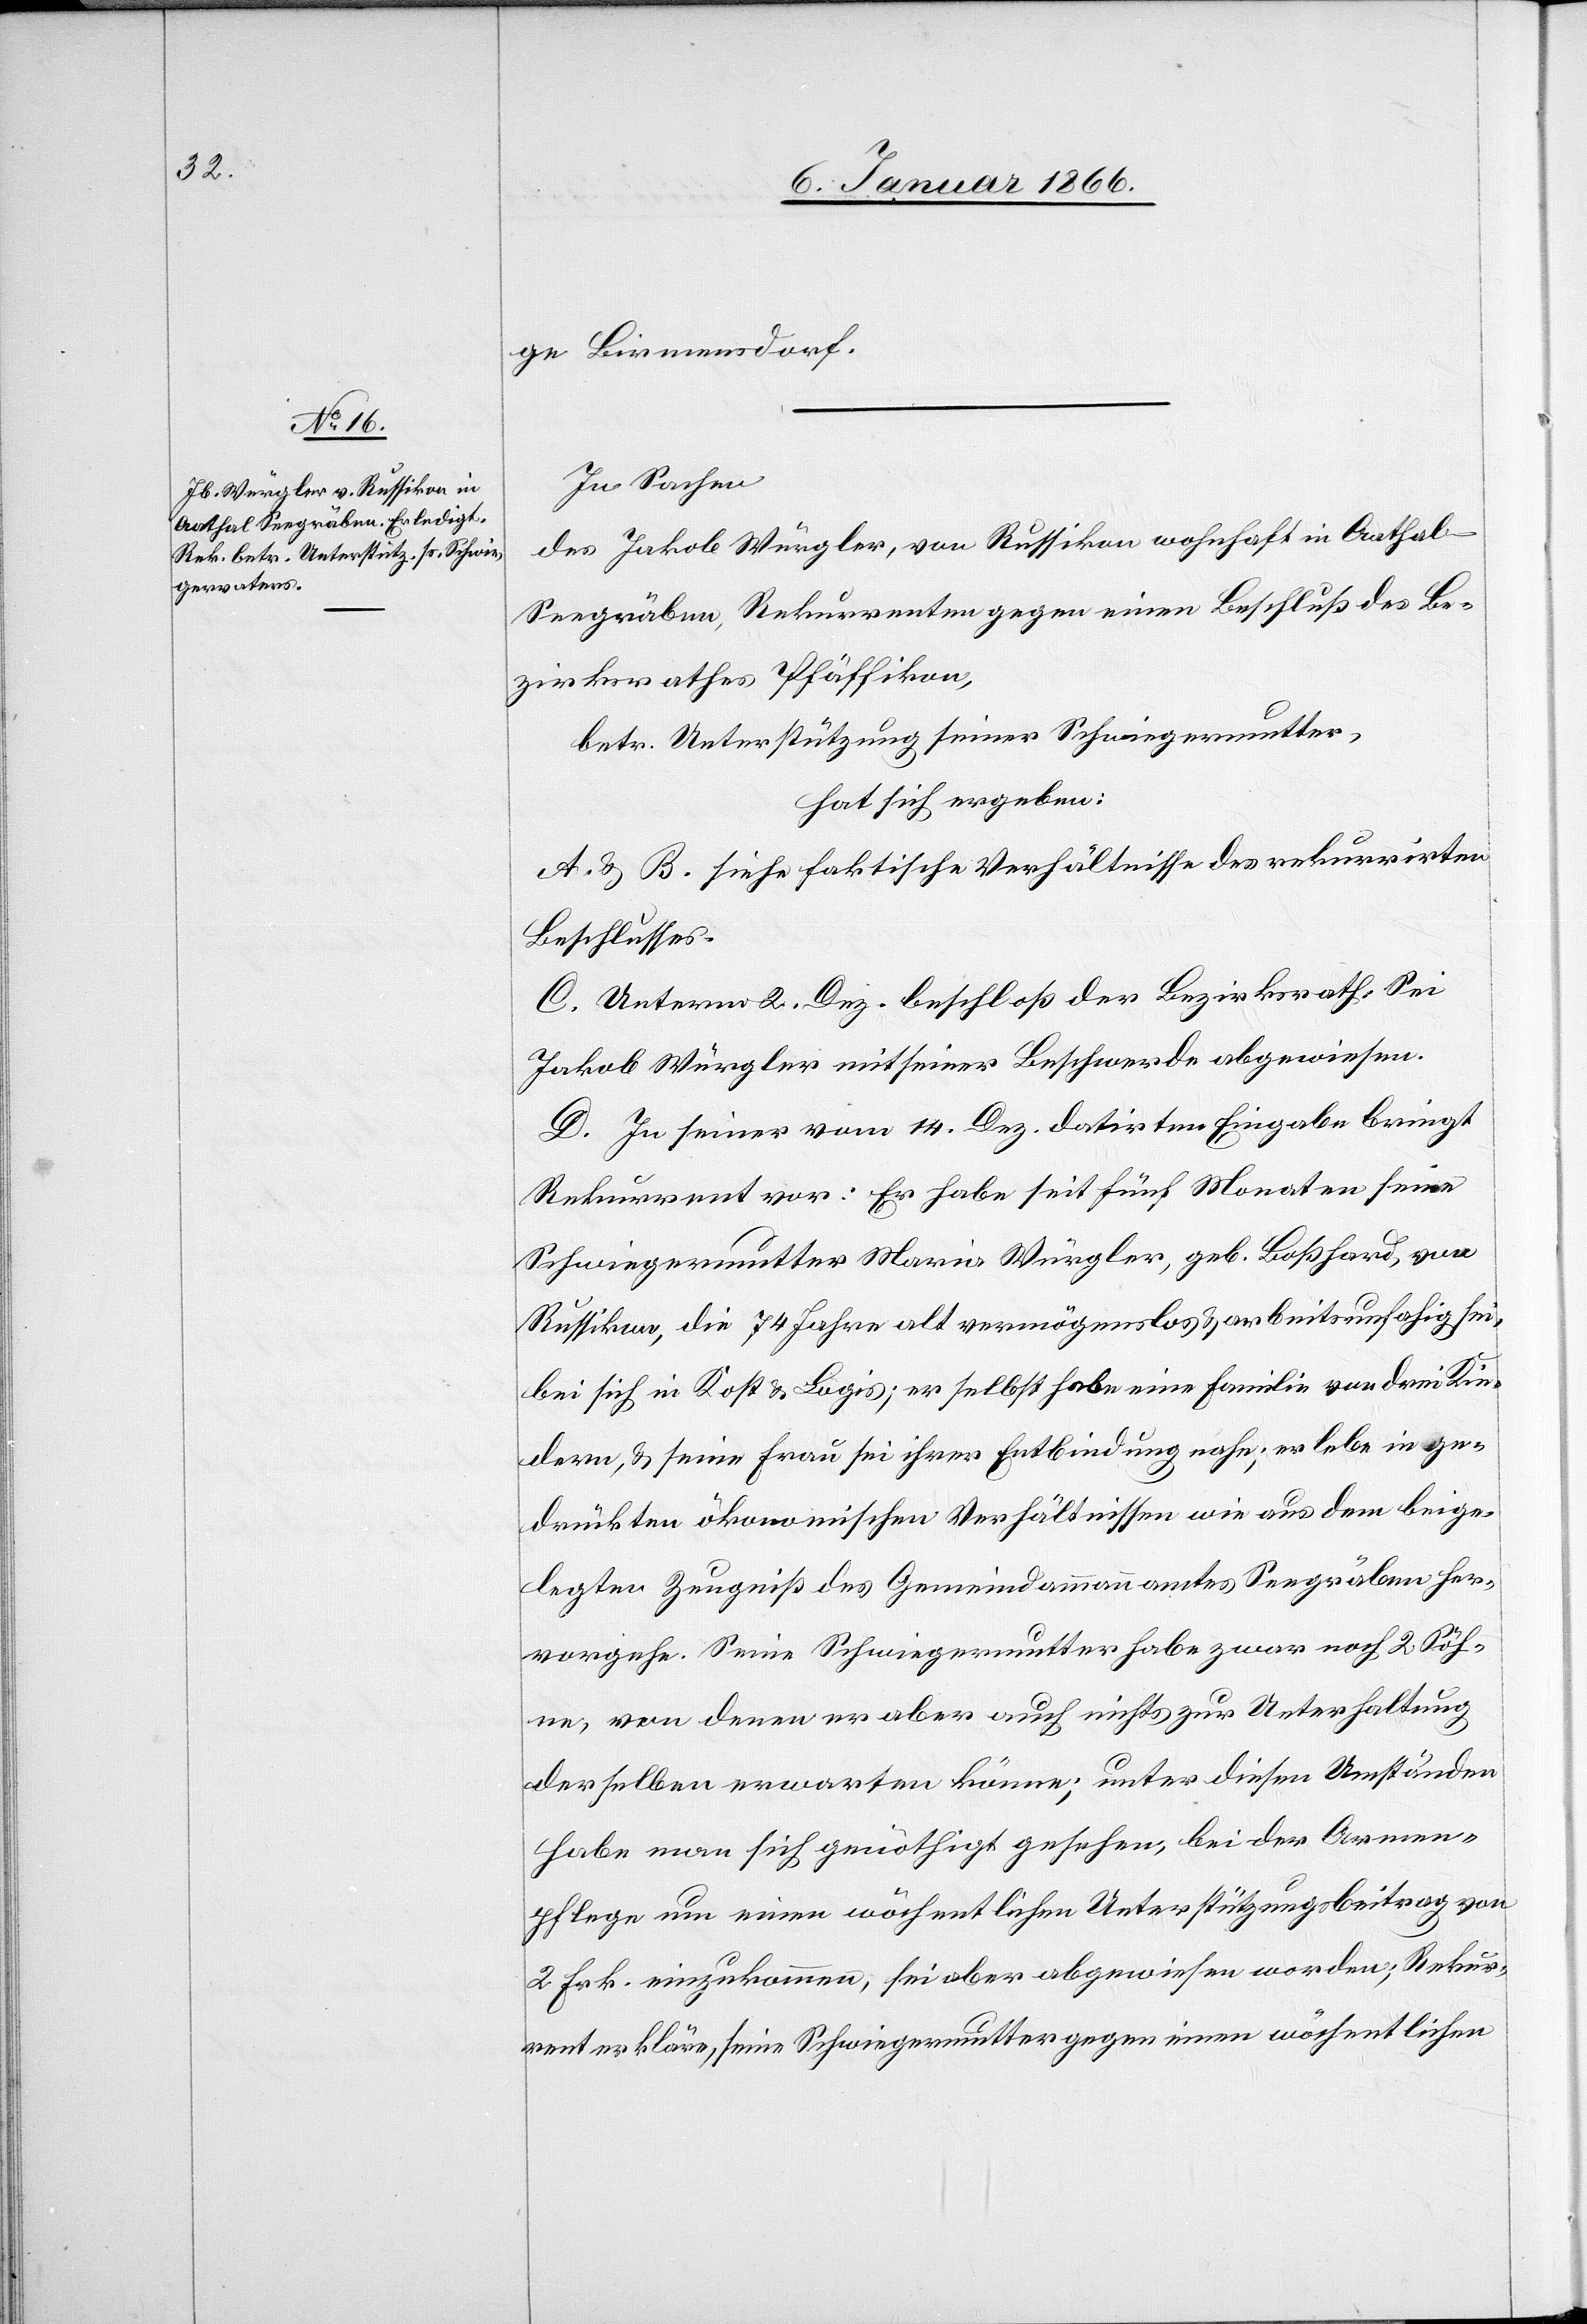
ge Birmensdorf.
In Sachen
des Jakob Würgler, von Russikon wohnhaft in Aathal-S¬
eegräben, Rekurrenten gegen einen Beschluß des Be¬
zirksrathes Pfäffikon,
betr. Unterstützung seiner Schwiegermutter,
hat sich ergeben:
A. & B. siehe faktische Verhältnisse des rekurrirten
Beschlusses.
C. Unterm 2. Dez. beschloß der Bezirksrath: Sei
Jakob Würgler mit seiner Beschwerde abgewiesen.
D. In seiner vom 14. Aug. datirten Eingabe bringt
Rekurrent vor: Er habe seit fünf Monaten seine
Schwiegermutter Maria Würgler, geb. Boßhard, von
Russikon, die 74 Jahre alt vermögenslos u. arbeitsunfahig [sic!]
bei sich in Kost u. Logis; er selbst habe eine Familie von drei Kin¬
dern u. seine Frau sei ihrer Entbindung nahe; er lebe in ge¬
drückten ökonomischen Verhältnissen wie aus dem beige¬
legten Zeugniß des Gemeindammannamtes Seegräben her¬
vorgehe. Seine Schwiegermutter habe zwar noch 2 Söh¬
ne, von denen er aber auch nichts zur Unterhaltung
derselben erwarten könne; unter diesen Umständen
habe man sich genöthigt gesehen, bei der Armen¬
pflege um einen wöchentlichen Unterstützungsbeitrag von
2 Frk. einzukommen, sei aber abgewiesen worden; Rekur¬
rent erkläre, seine Schwiegermutter gegen einen wochentlichen